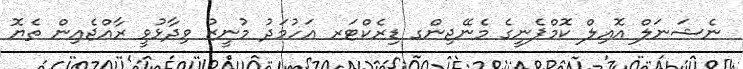
ނެޝަނަލް އޮއިލް ކޮމްޕެނީގެ މެނޭޖިންގ ޑިރެކްޓަރ އަހުމަދު މުނީޒު ވިދާޅުވީ ރާއްޖެއިން ތެޔޮ